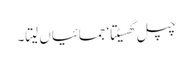
چپل گھسیٹتا‘ جمائیاں لیتا۔